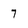
Character: 7